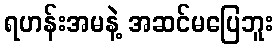
ရဟန်းအမနဲ့ အဆင်မပြေဘူး